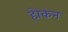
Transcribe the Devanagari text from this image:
होकन